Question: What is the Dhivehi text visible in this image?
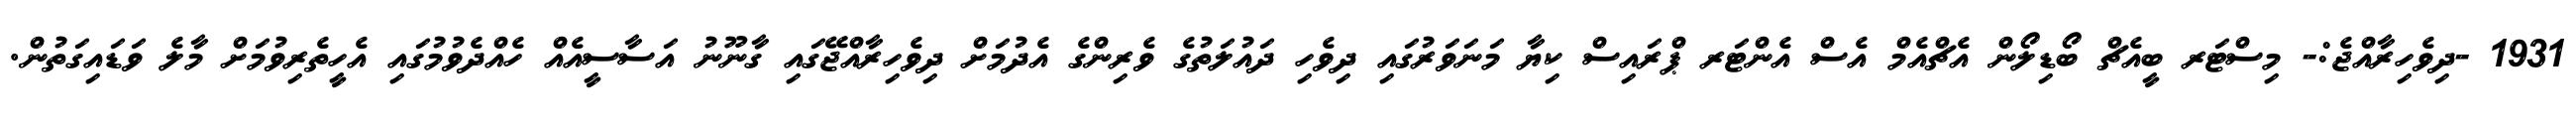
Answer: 1931 -ދިވެހިރާއްޖެ:- މިސްޓަރ ބީއެޗް ބޯޑިލޯން އެޗްއެމް އެސް އެންޓަރ ޕްރައިސް ކިޔާ މަނަވަރުގައި ދިވެހި ދައުލަތުގެ ވެރިންގެ އެދުމަށް ދިވެހިރާއްޖޭގައި ގާނޫނު އަސާސީއެއް ހެއްދެވުމުގައި އެހީތެރިވުމަށް މާލެ ވަޑައިގަތުން.